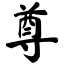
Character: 尊